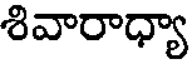
శివారాధ్యా